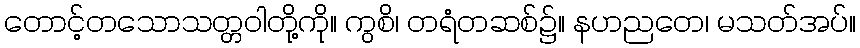
တောင့်တသောသတ္တဝါတို့ကို။ ကွစိ၊ တရံတဆစ်၌။ နဟညတေ၊ မသတ်အပ်။